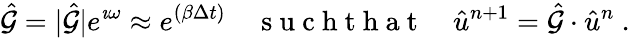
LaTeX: \hat{\mathcal{G}}=\lvert\hat{\mathcal{G}}\rvert e^{\imath\omega}\approx e^{(\beta\Delta t)}\quad\mathrm{~s~u~c~h~t~h~a~t~}\quad\hat{u}^{n+1}=\hat{\mathcal{G}}\cdot\hat{u}^{n}\ .